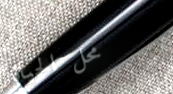
محل الحياة